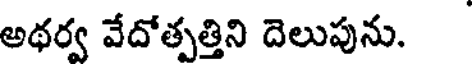
అథర్వ వేదోత్పత్తిని దెలుపును.